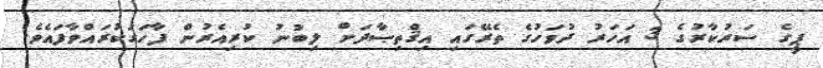
ޕީގެ ސަރުކާރުގެ 3 އަހަރު ދުވަހުގެ ތެރޭގައި އިޤްތިޞާދަށް ލިބުނު ކުރިއެރުން ފާހަގަކުރައްވާފައެވެ.